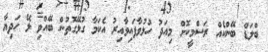
ބްލަޑް ބޭންކެއް ރަސްމީކޮށް މިއަދު ހުޅުވާފައިވާއިރު އެކަމާ ގުޅޭގޮތުން ބޭއްވި ލޭ ހަދިޔާ